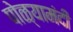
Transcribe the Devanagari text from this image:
पोळ्यामंदी